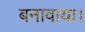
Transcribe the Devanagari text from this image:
बनावाया।